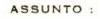
ASSUNTO: